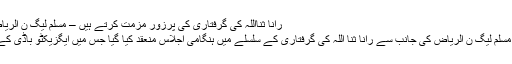
رانا ثنااللہ کی گرفتاری کی پرزور مزمت کرتے ہیں – مسلم لیگ ن الریاض – Power Plus News
الریاض*(آصف رضا) پاکستان مسلم لیگ ن الریاض کی جانب سے رانا ثنا اللہ کی گرفتاری کے سلسلے میں ہنگامی اجلاس منعقد کیا گیا جس میں ایگزیکٹو باڈی کے سینئر ممبران نے شرکت کی۔